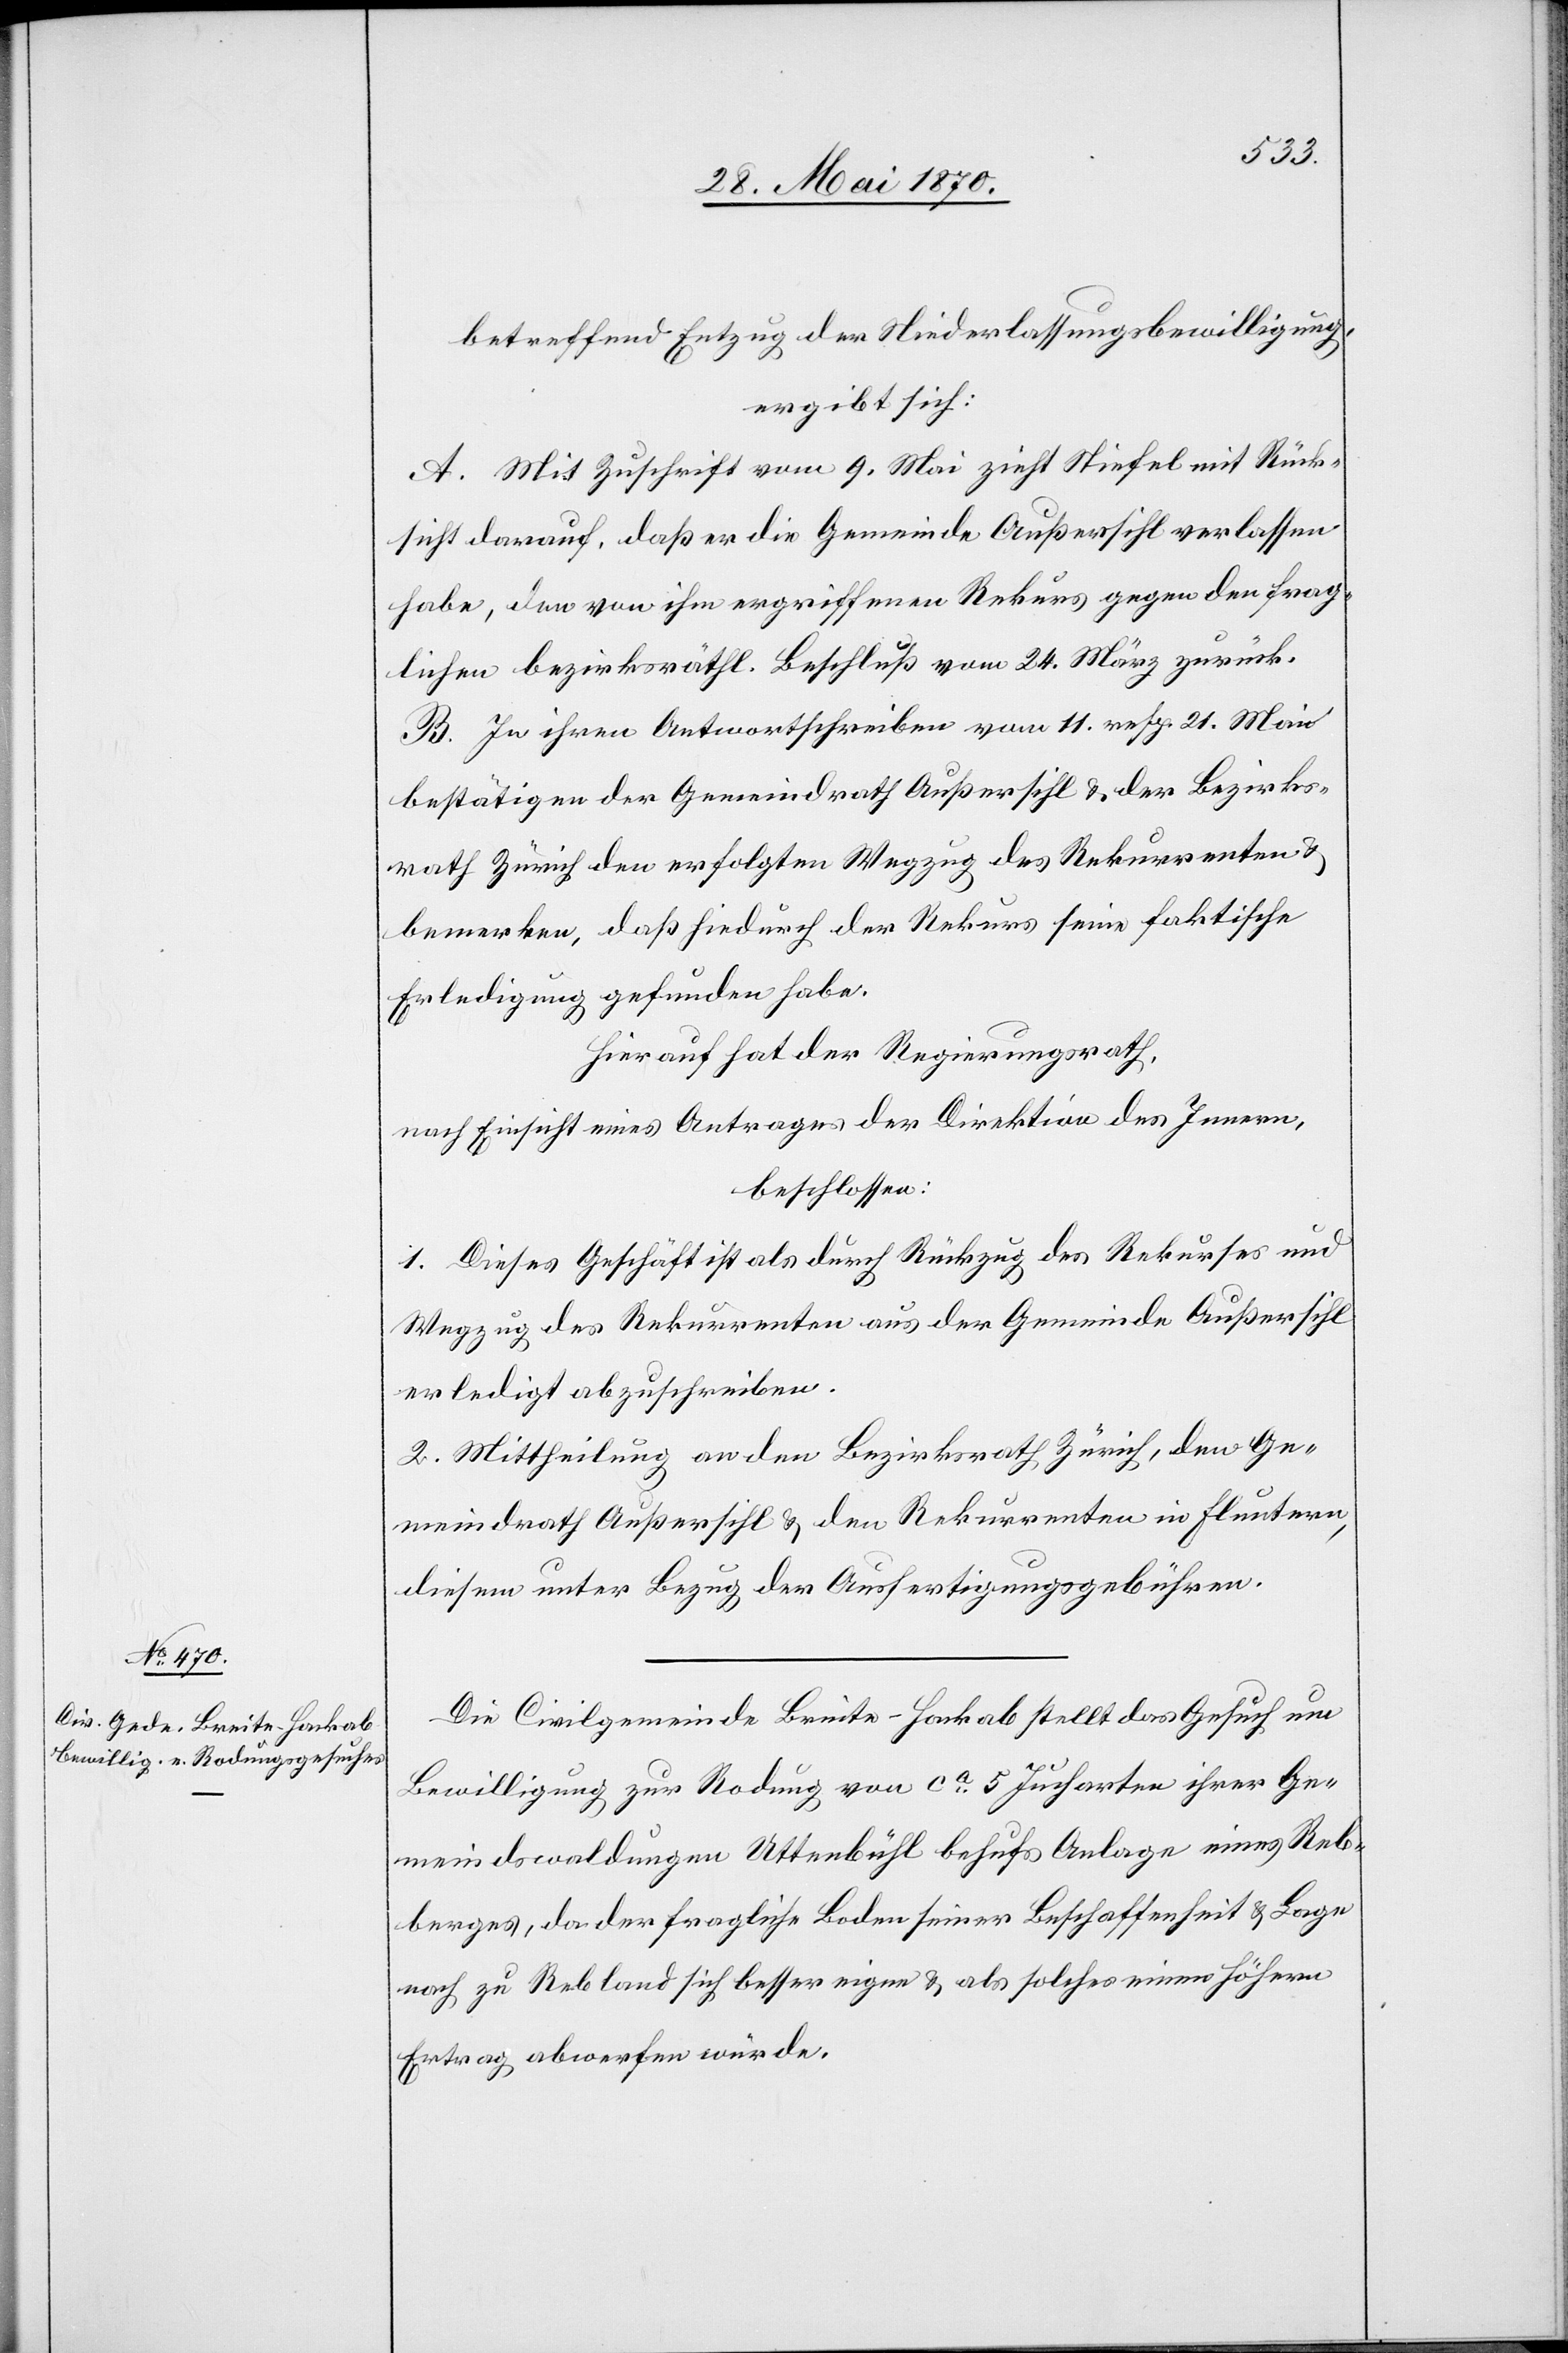
betreffend Entzug der Niederlassungsbewilligung,
ergibt sich:
A. Mit Zuschrift vom 9. Mai zieht Stiefel mit Rück¬
sicht darauf, daß er die Gemeinde Außersihl verlassen
habe, den von ihm ergriffenen Rekurs gegen den frag¬
lichen bezirksräthl. Beschluß vom 24. März zurück.
B. In ihren Antwortschreiben vom 11. resp. 21. Mai
bestätigen der Gemeindrath Außersihl & der Bezirks¬
rath Zürich den erfolgten Wegzug des Rekurrenten &
bemerken, daß hiedurch der Rekurs seine faktische
Erledigung gefunden habe.
Hierauf hat der Regierungsrath,
nach Einsicht eines Antrages der Direktion des Innern,
beschlossen:
1. Dieses Geschäft ist als durch Rückzug des Rekurses und
Wegzug des Rekurrenten aus der Gemeinde Außersihl
erledigt abzuschreiben.
2. Mittheilung an den Bezirksrath Zürich, den Ge¬
meindrath Außersihl & den Rekurrenten in Fluntern,
diesem unter Bezug der Ausfertigungsgebühren.
Die Civilgemeinde Breite-Hackab stellt das Gesuch um
Bewilligung zur Rodung von ca 5 Jucharten ihrer Ge¬
meindswaldungen Uttenbühl behufs Anlage eines Reb¬
berges, da der fragliche Boden seiner Beschaffenheit & Lage
nach zu Rebland sich besser eigne & als solches einen höhern
Ertrag abwerfen würde.